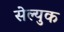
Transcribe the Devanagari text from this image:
सेल्युक